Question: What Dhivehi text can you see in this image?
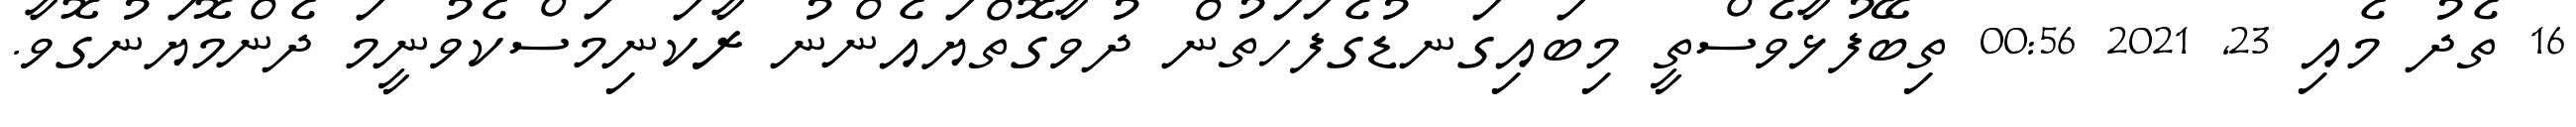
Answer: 16 ތެދު މެއި 23, 2021 00:56 ތިބޭފުޅާވެސްތީ މިބައިގަނޑުގެފަހަތުން ދުވާގޮތްޔައެންނު ރާކަނިމަސްކެވުނީމަ ދެންމޮޔަނުގޮވާ.